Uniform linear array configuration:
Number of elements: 64
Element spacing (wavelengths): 0.75
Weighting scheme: kaiser
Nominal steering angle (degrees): -15
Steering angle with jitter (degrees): -16.712
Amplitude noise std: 0.05
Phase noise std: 0.05

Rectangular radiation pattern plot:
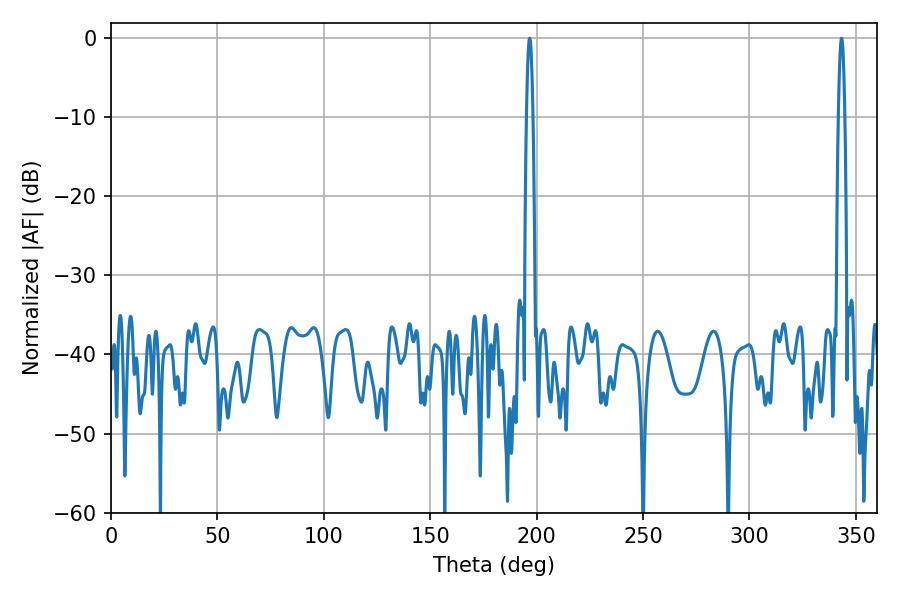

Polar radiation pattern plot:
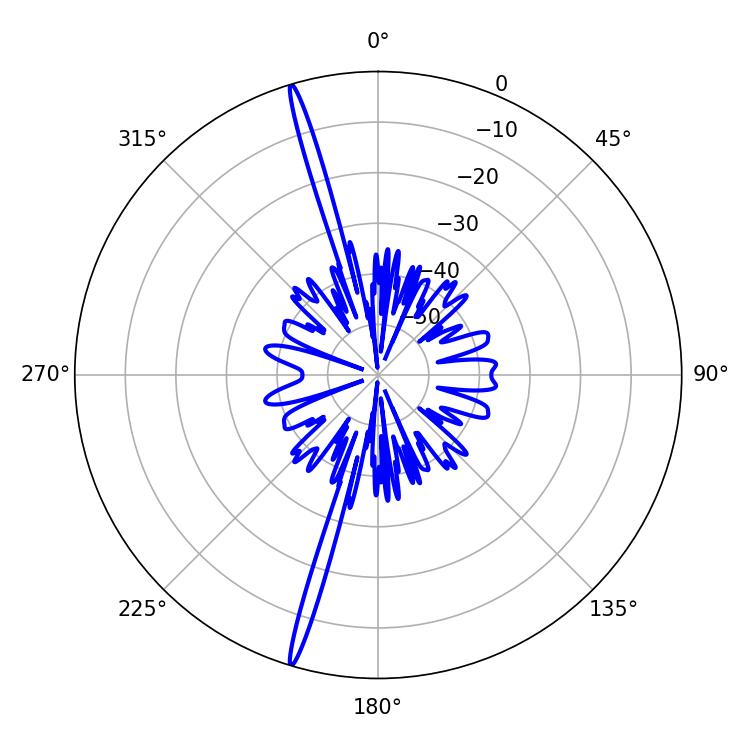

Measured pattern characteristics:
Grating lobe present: TRUE
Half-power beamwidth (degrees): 1.62
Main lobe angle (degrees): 343.26